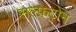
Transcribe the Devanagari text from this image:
सल्फ्रटोन